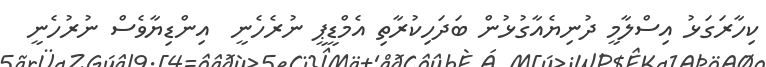
ކިހާރަގަޅު އިސްލާމީ ދުނިޔެއާގުޅުން ބަދަހިކުރާތި އެމްޑީޕީ ނުރެހެނީ  އިންޑިޔާވެސް ނުރުހެނީ